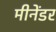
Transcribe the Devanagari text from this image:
मीनेंडर